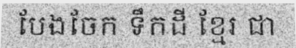
បែងចែក ទឹកដី ខ្មែរ ជា